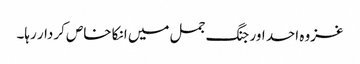
غزوہ احد اور جنگ جمل میں انکا خاص کردار رہا۔